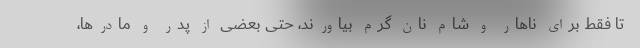
تا فقط برای ناهار و شام نان گرم بیاورند، حتی بعضی از پدر و مادرها،